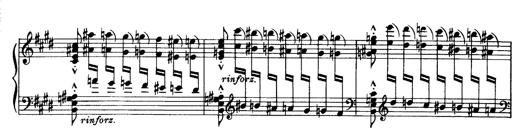
Title: OuvertÃ¼re zu TannhÃ¤user
Composer: Franz Liszt